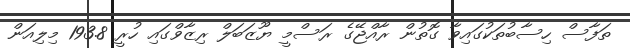
ތަފާސް ހިސާބުތަކުގައިވާ ގޮތުން ރާއްޖޭގެ ރަސްމީ ޔޫޒަބަލް ރިޒާވްގައި ހުރީ 193.8 މިލިއަން